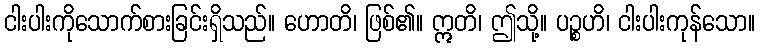
ငါးပါးကိုသောက်စားခြင်းရှိသည်။ ဟောတိ၊ ဖြစ်၏။ ဣတိ၊ ဤသို့။ ပဉ္စဟိ၊ ငါးပါးကုန်သော။